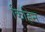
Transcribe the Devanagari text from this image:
किहिन